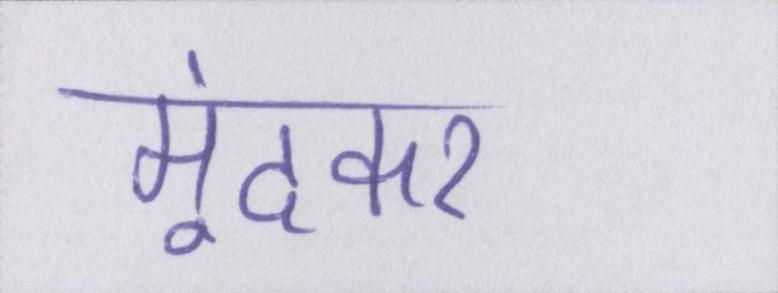
मूंदकर